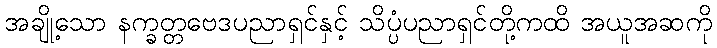
အချို့သော နက္ခတ္တဗေဒပညာရှင်နှင့် သိပ္ပံပညာရှင်တို့ကထိ အယူအဆကို